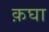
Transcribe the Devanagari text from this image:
क़घा